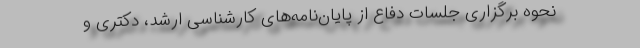
نحوه برگزاری جلسات دفاع از پایان‌نامه‌های کارشناسی ارشد، دکتری و